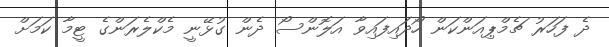
ދެ ފަހަރު ޗެމްޕިއަންކަން ހޯދައިފައިވާ އަލޮންސޯ ދެން ގުޅޭނީ މެކްލެރަންގެ ޓީމާ ކަމަށް